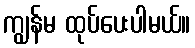
ကျွန်မ ထုပ်ပေးပါမယ်။